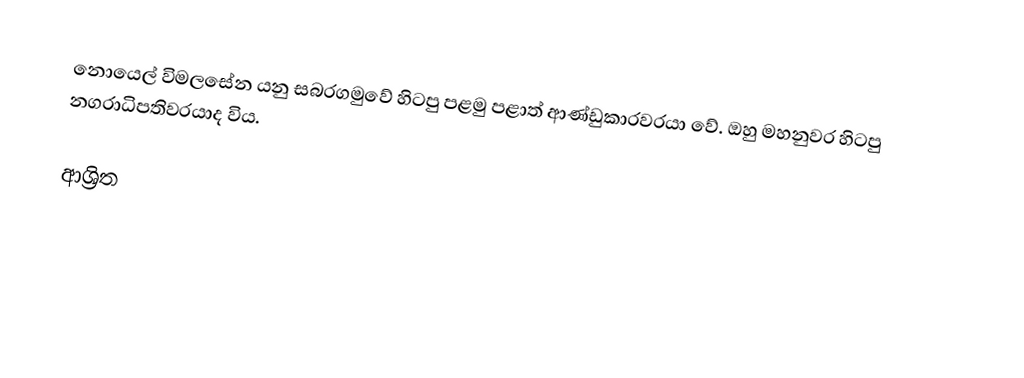
නොයෙල් විමලසේන යනු සබරගමුවේ හිටපු පළමු පළාත් ආණ්ඩුකාරවරයා වේ. ඔහු මහනුවර හිටපු නගරාධිපතිවරයාද විය.

ආශ්‍රිත